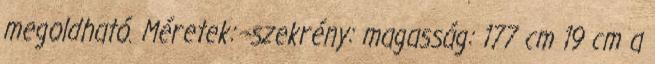
megoldható. Méretek: -szekrény: magasság: 177 cm 19 cm a